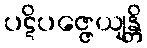
ပဋိပဇ္ဇေယျန္တိ